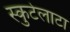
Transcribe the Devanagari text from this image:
स्कुटेलाटा